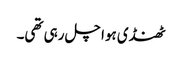
ٹھنڈی ہوا چل رہی تھی۔